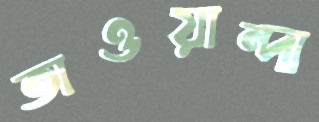
তাওয়ান্দা